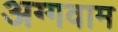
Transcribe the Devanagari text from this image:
अग्गवाम